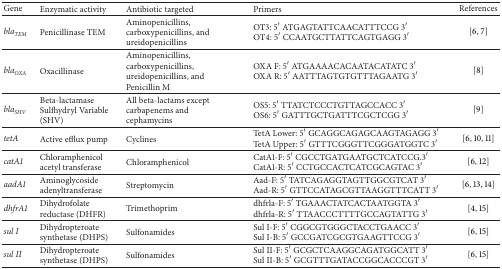
<table><thead><tr><td><b>Gene</b></td><td><b>Enzymatic activity</b></td><td><b>Antibiotic targeted</b></td><td><b>Primers</b></td><td><b>References</b></td></tr></thead><tbody><tr><td><i>bla</i><sub><i>TEM</i></sub></td><td>Penicillinase TEM </td><td>Aminopenicillins, carboxypenicillins, and ureidopenicillins</td><td>OT3: 5′ ATGAGTATTCAACATTTCCG 3′ OT4: 5′ CCAATGCTTATTCAGTGAGG 3′</td><td>[6, 7]</td></tr><tr><td><i>bla</i><sub><i>OXA</i></sub></td><td>Oxacillinase </td><td>Aminopenicillins, carboxypenicillins, ureidopenicillins, and Penicillin M</td><td>OXA F: 5′ ATGAAAACACAATACATATC 3′ OXA R: 5′ AATTTAGTGTGTTTAGAATG 3′</td><td>[8]</td></tr><tr><td><i>bla</i><sub><i>SHV</i></sub></td><td>Beta-lactamase Sulfhydryl Variable (SHV) </td><td>All beta-lactams except carbapenems and cephamycins</td><td>OS5: 5′ TTATCTCCCTGTTAGCCACC 3′ OS6: 5′ GATTTGCTGATTTCGCTCGG 3′</td><td>[9]</td></tr><tr><td><i>tetA</i></td><td>Active efflux pump</td><td>Cyclines</td><td>TetA Lower: 5′ GCAGGCAGAGCAAGTAGAGG 3′ TetA Upper: 5′ GTTTCGGGTTCGGGATGGTC 3′</td><td>[6, 10, 11]</td></tr><tr><td><i>catA1</i></td><td>Chloramphenicol acetyl transferase </td><td>Chloramphenicol</td><td>CatA1-F: 5′ CGCCTGATGAATGCTCATCCG.3′ CatA1-R: 5′ CCTGCCACTCATCGCAGTAC 3′</td><td>[6, 12]</td></tr><tr><td><i>aadA1</i></td><td>Aminoglycoside adenyltransferase</td><td>Streptomycin</td><td>Aad-F: 5′ TATCAGAGGTAGTTGGCGTCAT 3′ Aad-R: 5′ GTTCCATAGCGTTAAGGTTTCATT 3′</td><td>[6, 13, 14]</td></tr><tr><td><i>dhfrA1</i></td><td>Dihydrofolate reductase (DHFR)</td><td>Trimethoprim</td><td>dhfrla-F: 5′ TGAAACTATCACTAATGGTA 3′ dhfrla-R: 5′ TTAACCCTTTTGCCAGTATTG 3′</td><td>[4, 15]</td></tr><tr><td><i>sul I</i></td><td>Dihydropteroate synthetase (DHPS)</td><td>Sulfonamides</td><td>Sul I-F: 5′ CGGCGTGGGCTACCTGAACC 3′ Sul I-B: 5′ GCCGATCGCGTGAAGTTCCG 3′</td><td>[6, 15]</td></tr><tr><td><i>sul II </i></td><td>Dihydropteroate synthetase (DHPS)</td><td>Sulfonamides</td><td>Sul II-F: 5′ GCGCTCAAGGCAGATGGCATT 3′ Sul II-B: 5′ GCGTTTGATACCGGCACCCGT 3′</td><td>[6, 15]</td></tr></tbody></table>